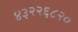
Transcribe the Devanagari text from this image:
४३२२६८२०